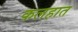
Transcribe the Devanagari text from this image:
कलहात